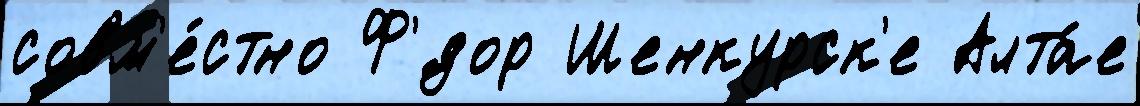
совм'е́стно Ф'́дор Шенкурск'е Алта́е